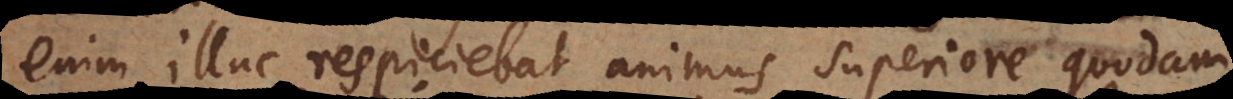
enim illuc respiciebat animus superiore quodam